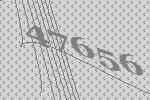
47656